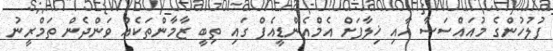
ފުލުހުންގެ މުއައްސަސާ އާއި ޚިލާފަށް އެމްއެންޑީއެފް ގައި ތިބީ ޒާމާންތަކެއް ވަންދެން ތަމްރީނު